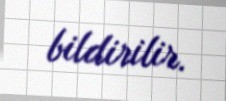
bildirilir.